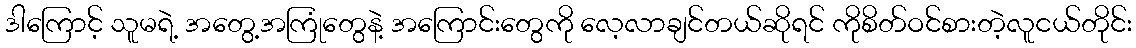
ဒါကြောင့် သူမရဲ့ အတွေ့အကြုံတွေနဲ့ အကြောင်းတွေကို လေ့လာချင်တယ်ဆိုရင် ကိုစိတ်ဝင်စားတဲ့လူငယ်တိုင်း